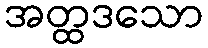
အတ္ထဒသော